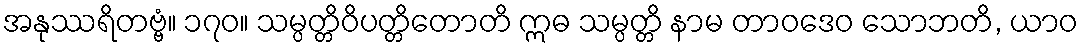
အနုဿရိတဗ္ဗံ။ ၁၇၀။ သမ္ပတ္တိဝိပတ္တိတောတိ ဣဓ သမ္ပတ္တိ နာမ တာဝဒေဝ သောဘတိ, ယာဝ